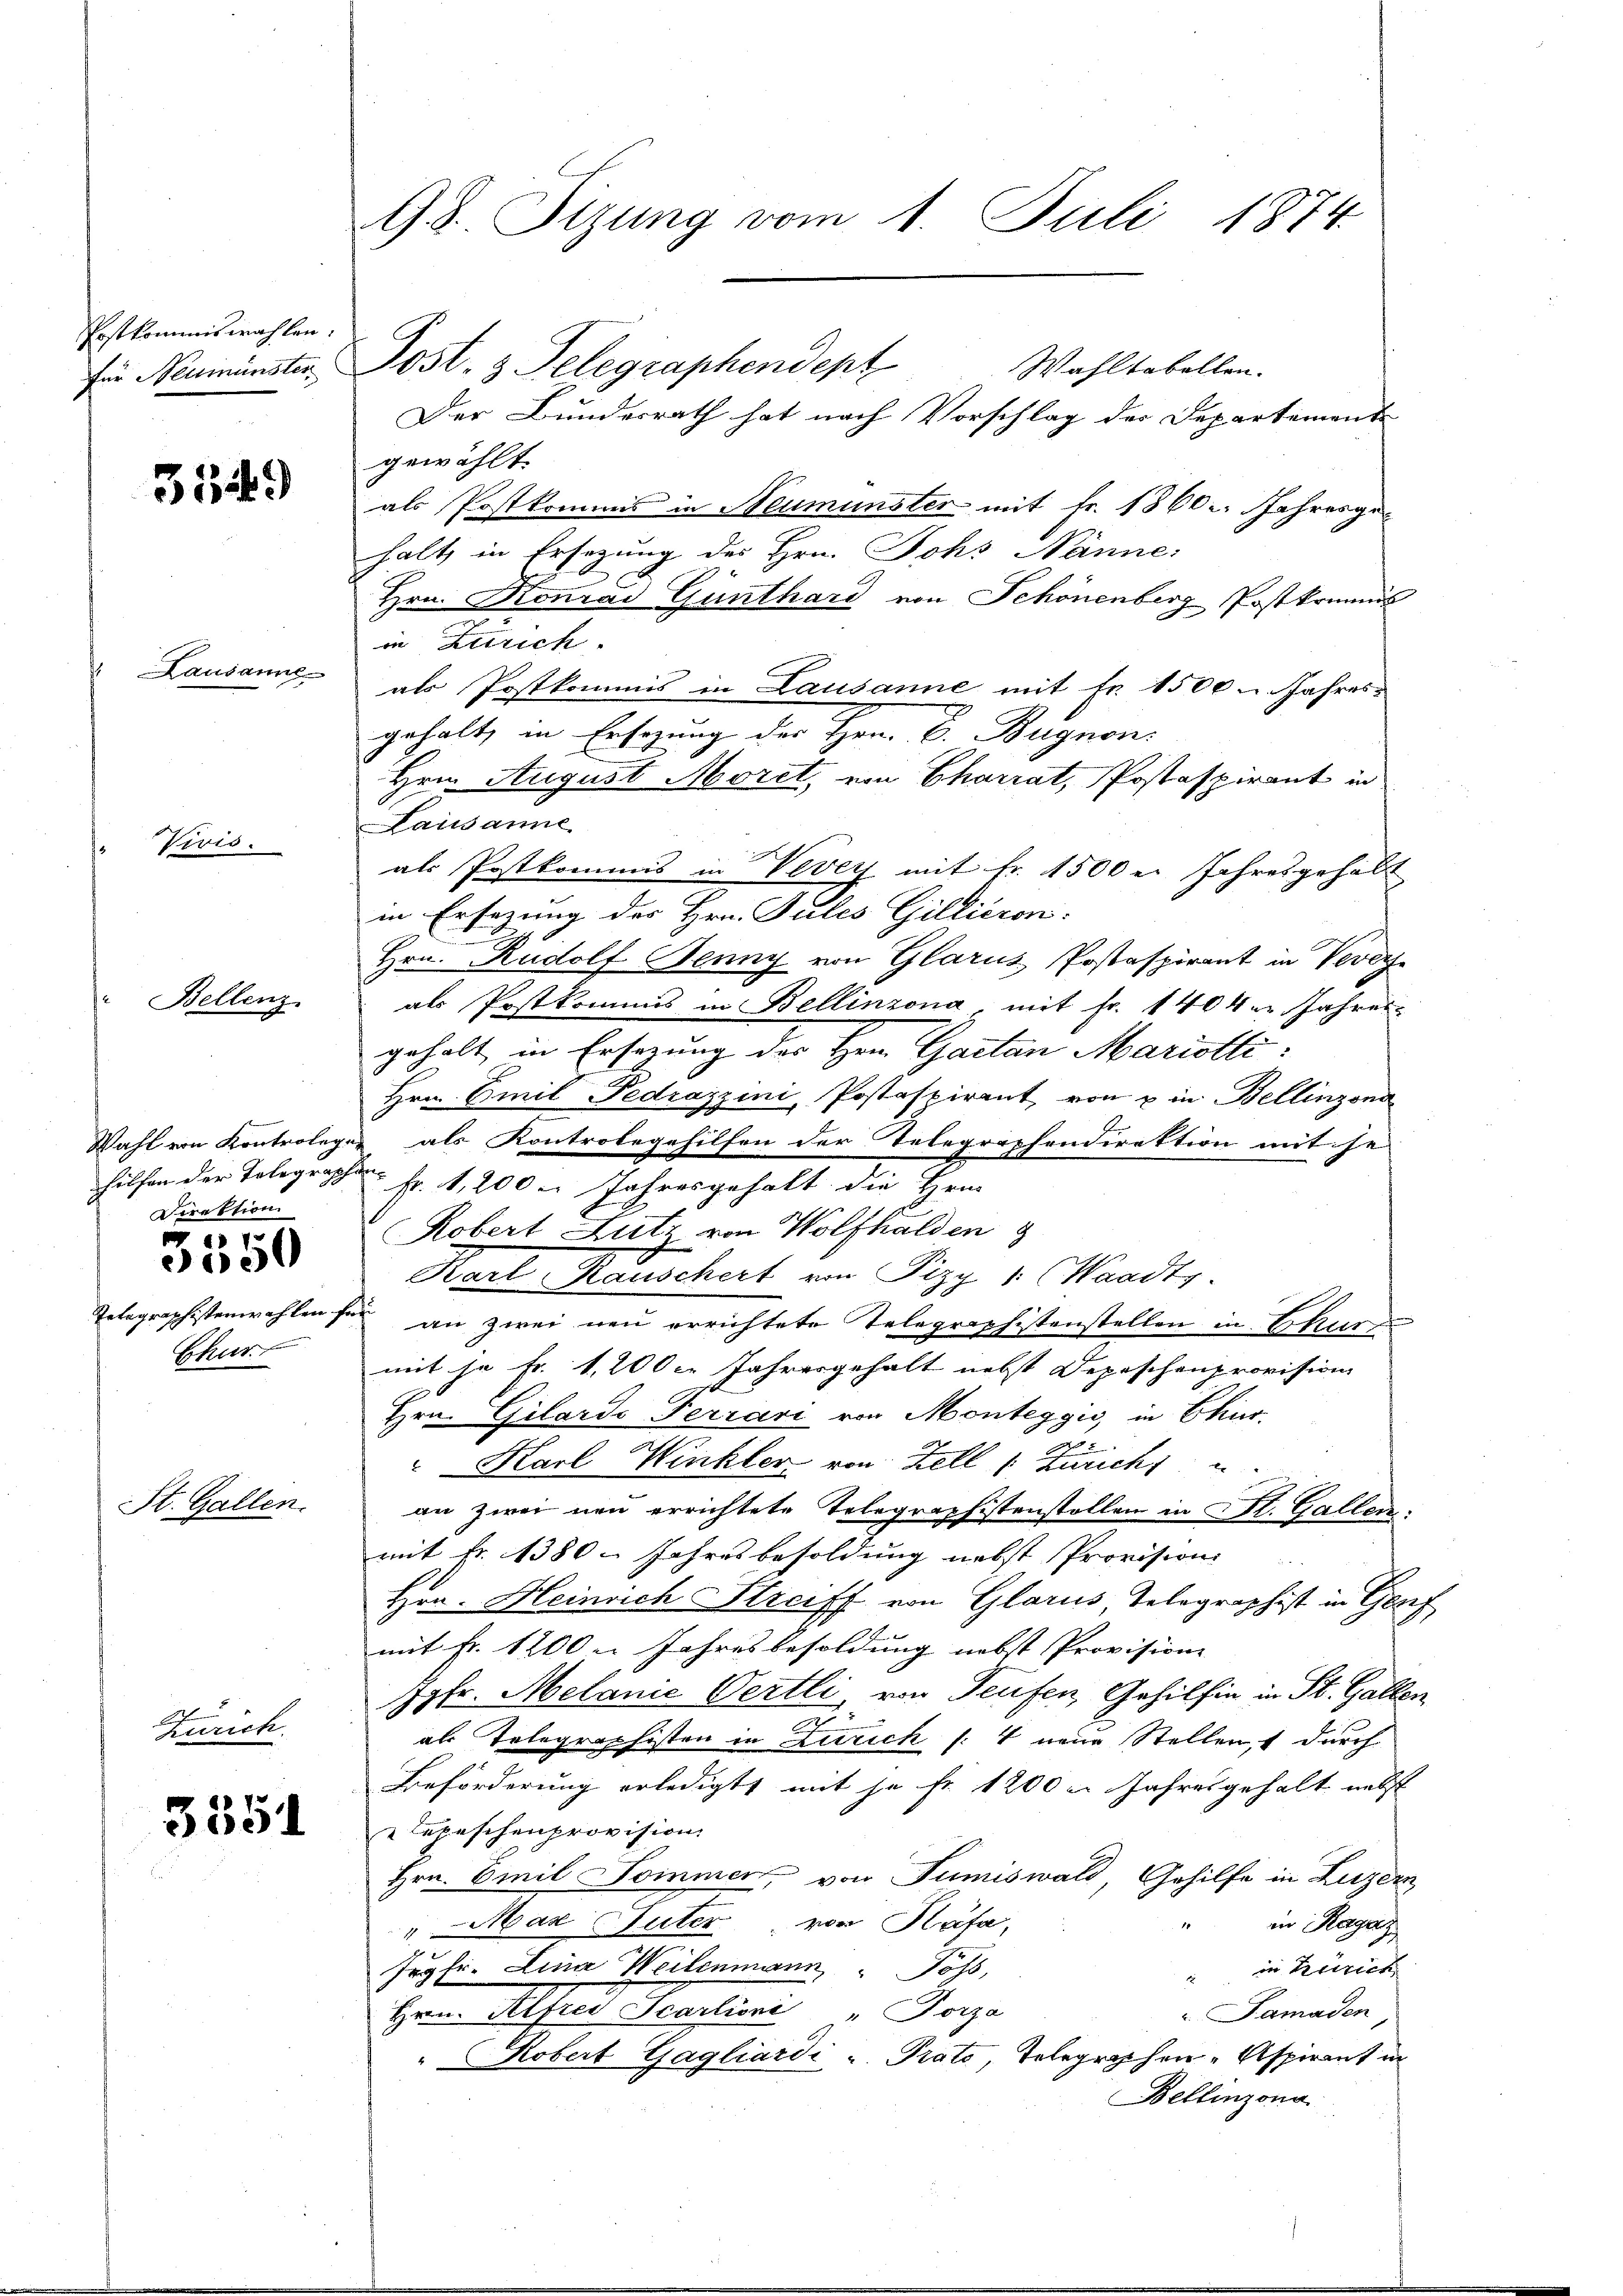
hostkommiswahlen.
für Neumünster

3549

Vivis.

Lausanne

Direktion
 70

350

Totagraphistenwahlen fü
Chur

Bellenz

St. Gallen.

Zürich.

3351

98. Sizung vom 1. Juli 1874.

Post. 3 Telegraphendept
Wahltabellen.
Der Bundesrath hat nach Vorschlag der Departemente
gewählt.
als Postkommis in Neumünster mit Fr. 1860. Jahresge-
halt, in Ersetzung des Hrn. Johs Nanne:
Hrn. Konrad Günthard von Schönenberg Postkommis
in Zürich
als Postkommis in Lausanne mit Fr. 1500. Jahres
gehalt, in Ersezung der Hrn. B. Bugnon.
Hrn. August Morel, von Chariat, Postaspirant in
Lausanne
als Postkommis in Vevey mit fr. 1500 u. Jahresgehalt
in Ersezung des Hrn. Julis Gillieron:
Hrn. Rudolf Jenny von Glarus Postaspirant in Verehe
als Postkommis in Bellinzona mit Fr. 1404. Jahres
gehalt in Ersezung des Hrn. Gaetan Mariotti:
Hrn. Emil Fedrazzini, Postaspirant, von u in Bellinzona
Wahl von Kontrolegie als Kontrobegehilfen der Telegraphendirektion mit se
hilfen der Tolographen Fr. 4,200. Jahresgehalt die Hrn.
Robert Lutz von Wolfhalden
Karl Rauschert von Pizy 1: (Waadt.
.
an zwei neu errichtete Telegraphistenstellen in Chur
mit je Fr. 1,200 l. Jahresgehalt nebst Depeschenprovision
Hrn. Gilarde Ferrari von Monteggio in Chur
Karl Winkler von Zell 1. Züricht
an zwei neu errichtete Telegraphistenstollen in St. Gallen:
mit Fr. 1380 - Jahresbesoldung nebst Provisions
Hrn. Heinrich Streiff von Glarus Telegraphist in Genf
mit Fr. 1200 m Jahresbesoldung nebst Provisione
Jgfr. Melanić Oertli, von Teufen, Gehilfen in St. Gallen
als Telegraphisten in Zürich /: 4 neue Stellen, durch
Beförderung erledigt, mit je Fr. 1200 l. Jahresgehalt nebst
Tepeschenprovision.
Hrn. Emil Sommen, von Tumiswald, Gehilfe in Luzern
in Ragaz
"Mar Suter von Käfa,
in Zürich
Jugfi. Lina Weilenmann, " Joss,

. Samaden
Hrn. Alfred Scarlioni " Porze
" Robert Gagliardi u. Prato, Telegraphen Aspirant in
Bellinzona